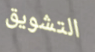
التشويق